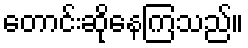
တောင်းဆိုနေကြသည်။